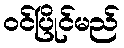
ဝင်ပြိုင်မည်